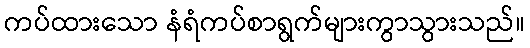
ကပ်ထားသော နံရံကပ်စာရွက်များကွာသွားသည်။